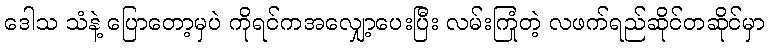
ဒေါသ သံနဲ့ ပြောတော့မှပဲ ကိုရင်ကအလျှော့ပေးပြီး လမ်းကြုံတဲ့ လဖက်ရည်ဆိုင်တဆိုင်မှာ